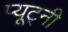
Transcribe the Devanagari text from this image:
प्यूट्नी